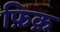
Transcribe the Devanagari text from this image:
फ़िक़